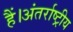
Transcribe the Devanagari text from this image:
हैं।अंतर्राष्ट्रीय